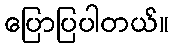
ပြောပြပါတယ်။